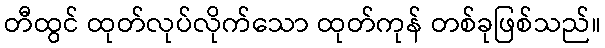
တီထွင် ထုတ်လုပ်လိုက်သော ထုတ်ကုန် တစ်ခုဖြစ်သည်။